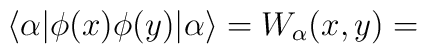
\langle \alpha |\phi (x)\phi (y)|\alpha \rangle =W_{\alpha }(x,y)=